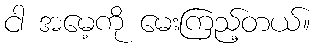
ငါ အမေ့ကို မေးကြည့်တယ်။